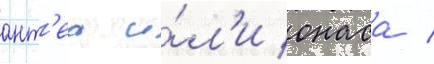
ант'еа и́л'и онаса /